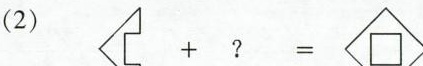
（2） + ？ =